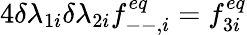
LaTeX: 4\delta\lambda_{1i}\delta\lambda_{2i}f_{--,i}^{eq}=f_{3i}^{eq}